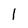
Character: l